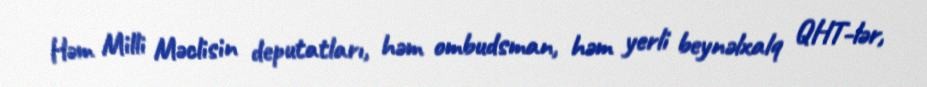
Həm Milli Məclisin deputatları, həm ombudsman, həm yerli beynəlxalq QHT-lər,